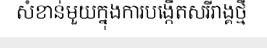
សំខាន់មួយក្នុងការបង្កើតសរីរាង្គថ្មី